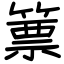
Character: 篻